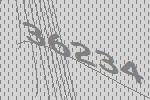
36234